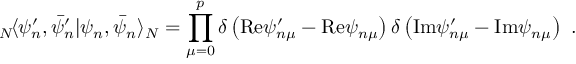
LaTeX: { } _ { N } \! \langle \psi _ { n } ^ { \prime } , \bar { \psi } _ { n } ^ { \prime } | \psi _ { n } , \bar { \psi } _ { n } \rangle _ { N } = \prod _ { \mu = 0 } ^ { p } \delta \left( \mathrm { R e } \psi _ { n \mu } ^ { \prime } - \mathrm { R e } \psi _ { n \mu } \right) \delta \left( \mathrm { I m } \psi _ { n \mu } ^ { \prime } - \mathrm { I m } \psi _ { n \mu } \right) ~ .